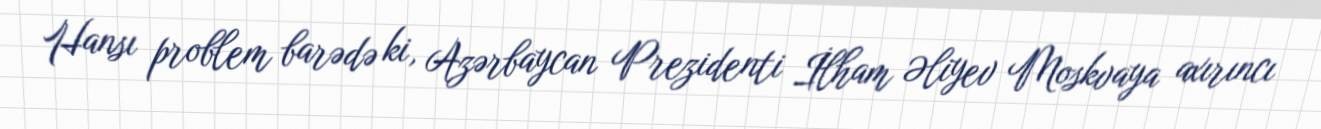
Hansı problem barədə ki, Azərbaycan Prezidenti İlham Əliyev Moskvaya axırıncı